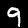
Label: 9